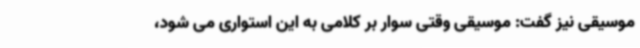
موسیقی نیز گفت: موسیقی وقتی سوار بر کلامی به این استواری می شود،